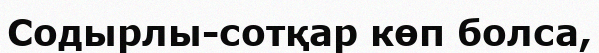
Содырлы-сотқар көп болса,